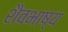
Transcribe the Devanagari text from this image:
शैवभाष्य